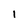
Character: 1